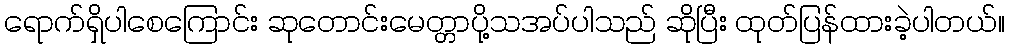
ရောက်ရှိပါစေကြောင်း ဆုတောင်းမေတ္တာပို့သအပ်ပါသည် ဆိုပြီး ထုတ်ပြန်ထားခဲ့ပါတယ်။